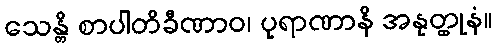
သေန္တိ စာပါတိခီဏာဝ၊ ပုရာဏာနိ အနုတ္ထုနံ။